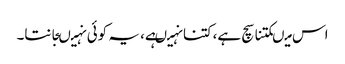
اس میںکتنا سچ ہے،کتنا نہیںہے، یہ کوئی نہیںجانتا۔